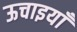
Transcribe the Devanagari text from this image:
ऊचाइयाँ